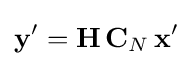
\mathbf {y} '=\mathbf {H} \,\mathbf {C} _{N}\,\mathbf {x} '